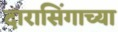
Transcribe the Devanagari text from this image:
दारासिंगाच्या